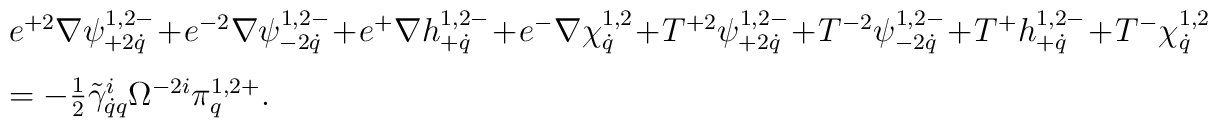
\begin{array}{l}e^{+2}\nabla\psi^{1,2-}_{+2\dot q}\!+\! e^{-2}\nabla\psi^{1,2-}_{-2\dot q}\!+\! e^+\nabla h^{1,2-}_{+\dot q}\!+\! e^-\nabla\chi^{1,2}_{\dot q}\!+\! T^{+2}\psi^{1,2-}_{+2\dot q}\!+\! T^{-2}\psi^{1,2-}_{-2\dot q}\!+\! T^+h^{1,2-}_{+\dot q}\!+\! T^{-}\chi^{1,2}_{\dot q}\\[0.3cm]=-\frac12\tilde\gamma^i_{\dot qq}\Omega^{-2i}\pi^{1,2+}_q.\end{array}